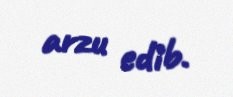
arzu edib.